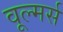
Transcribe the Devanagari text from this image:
वूल्मर्स